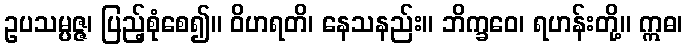
ဥပသမ္ပဇ္ဇ၊ ပြည့်စုံစေ၍။ ဝိဟရတိ၊ နေသနည်း။ ဘိက္ခဝေ၊ ရဟန်းတို့။ ဣဓ၊